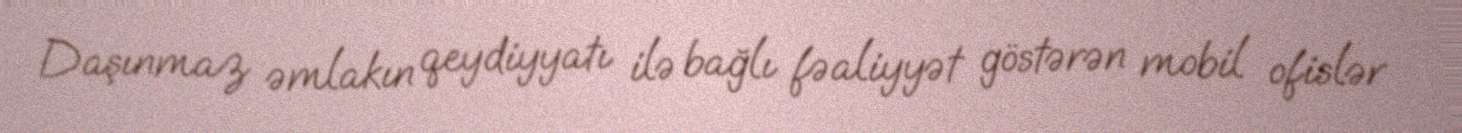
Daşınmaz əmlakın qeydiyyatı ilə bağlı fəaliyyət göstərən mobil ofislər